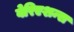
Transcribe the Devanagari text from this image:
वेरिएशन्स